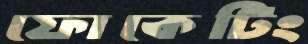
ফোকেটিং